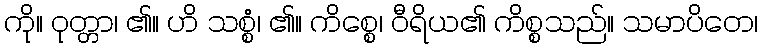
ကို။ ဝုတ္တာ၊ ၏။ ဟိ သစ္စံ၊ ၏။ ကိစ္စေ၊ ဝီရိယ၏ ကိစ္စသည်။ သမာပိတေ၊